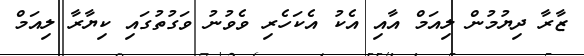
ޒާރާ ދިޔުމުން ލިއަމް އާއި އެކު އެކަހެރި ވެވުނު ވަގުތުގައި ކިޔާރާ ލިއަމް